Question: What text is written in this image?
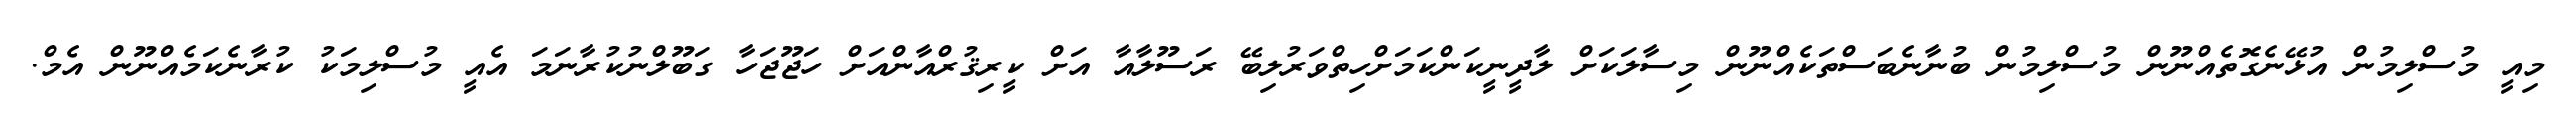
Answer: މިއީ މުސްލިމުން އުޅޭނެގޮތެއްނޫން މުސްލިމުން ބުނާނެބަސްތަކެއްނޫން މިސާލަކަށް ލާދީނީކަންކަމަށްހިތްވަރުލިބޭ ރަސޫލާއާ އަށް ކީރިޤުރްއާންއަށް ހަޖޫޖަހާ ގަބޫލްނުކުރާނަމަ އެއީ މުސްލިމަކު ކުރާނެކަމެއްނޫން އެމް.